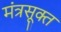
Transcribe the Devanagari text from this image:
मंत्रसूक्त